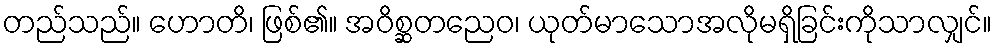
တည်သည်။ ဟောတိ၊ ဖြစ်၏။ အဝိစ္ဆတညေဝ၊ ယုတ်မာသောအလိုမရှိခြင်းကိုသာလျှင်။